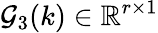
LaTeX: \mathcal{G}_{3}(k)\in\mathbb{R}^{r\times 1}